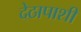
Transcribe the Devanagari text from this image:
देठापाशी